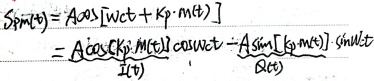
\[
\begin{align*}
S_{PM}(t)&=A\cos[\omega_{c}t + K_{p}m(t)]\\
&=A\cos[K_{p}m(t)]\cos\omega_{c}t - A\sin[K_{p}m(t)]\sin\omega_{c}t\\
&=\underbrace{A\cos[K_{p}m(t)]\cos\omega_{c}t}_{\text{I}(t)}-\underbrace{A\sin[K_{p}m(t)]\sin\omega_{c}t}_{\text{Q}(t)}
\end{align*}
\]